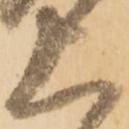
上